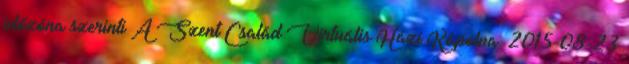
időzóna szerinti A Szent Család Virtuális Házi Kápolna: 2015-08-23